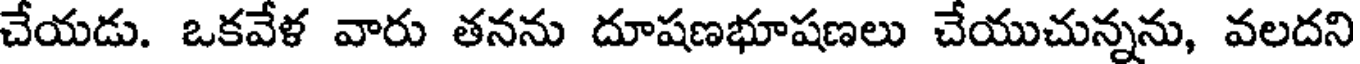
చేయడు. ఒకవేళ వారు తనను దూషణభూషణలు చేయుచున్నను, వలదని